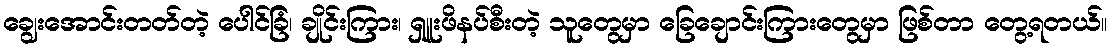
ချွေးအောင်းတတ်တဲ့ ပေါင်ခြံ၊ ချိုင်းကြား၊ ရှူးဖိနပ်စီးတဲ့ သူတွေမှာ ခြေချောင်းကြားတွေမှာ ဖြစ်တာ တွေ့ရတယ်။